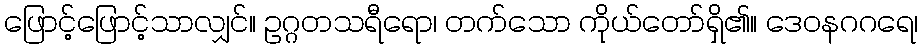
ဖြောင့်ဖြောင့်သာလျှင်။ ဥဂ္ဂတသရီရော၊ တက်သော ကိုယ်တော်ရှိ၏။ ဒေဝနဂဂရေ၊